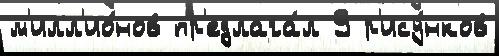
м'илл'ио́нов пр'едлага́л 9 р'ису́нков